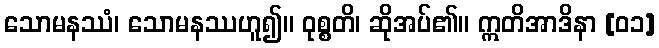
သောမနဿံ၊ သောမနဿဟူ၍။ ဝုစ္စတိ၊ ဆိုအပ်၏။ ဣတိအာဒိနာ [၀၁]